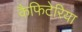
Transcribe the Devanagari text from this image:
कैफिटेरिया